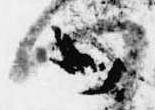
八